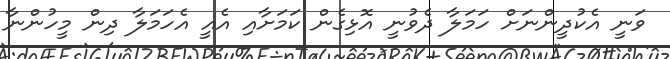
ވަނީ އެކުދީންނަށް ހަމަލާ ދެވުނީ އޮޅިގެން ކަމަށާއި އެއީ އެހަމަލާ ދިން މީހުންނާ